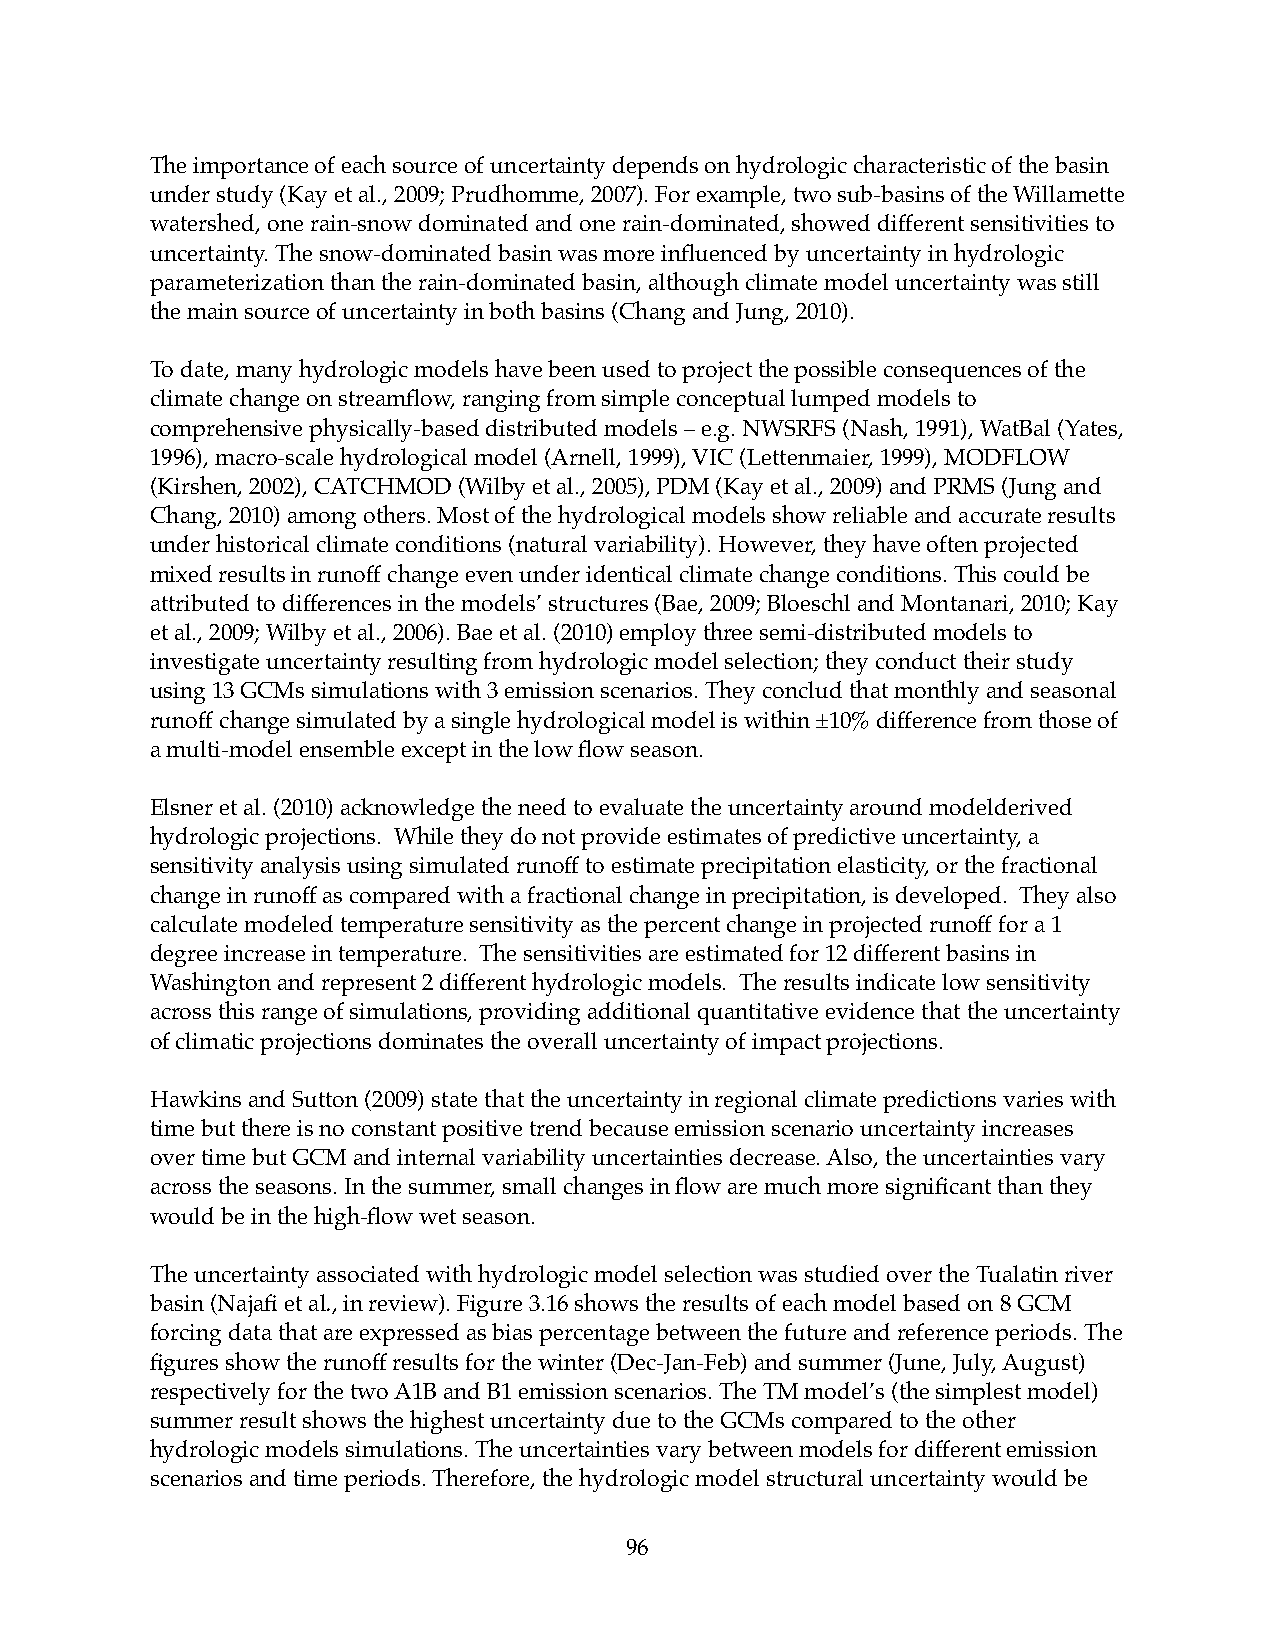
The importance of each source of uncertainty depends on hydrologic characteristic of the basin
 under study (Kay et al., 2009; Prudhomme, 2007). For example, two sub-basins of the Willamette
 watershed, one rain-snow dominated and one rain-dominated, showed different sensitivities to
 uncertainty. The snow-dominated basin was more influenced by uncertainty in hydrologic
 parameterization than the rain-dominated basin, although climate model uncertainty was still
 the main source of uncertainty in both basins (Chang and Jung, 2010).
 To date, many hydrologic models have been used to project the possible consequences of the
 climate change on streamflow, ranging from simple conceptual lumped models to
 comprehensive physically-based distributed models – e.g. NWSRFS (Nash, 1991), WatBal (Yates,
 1996), macro-scale hydrological model (Arnell, 1999), VIC (Lettenmaier, 1999), MODFLOW
 (Kirshen, 2002), CATCHMOD (Wilby et al., 2005), PDM (Kay et al., 2009) and PRMS (Jung and
 Chang, 2010) among others. Most of the hydrological models show reliable and accurate results
 under historical climate conditions (natural variability). However, they have often projected
 mixed results in runoff change even under identical climate change conditions. This could be
 attributed to differences in the models’ structures (Bae, 2009; Bloeschl and Montanari, 2010; Kay
 et al., 2009; Wilby et al., 2006). Bae et al. (2010) employ three semi-distributed models to
 investigate uncertainty resulting from hydrologic model selection; they conduct their study
 using 13 GCMs simulations with 3 emission scenarios. They conclud that monthly and seasonal
 runoff change simulated by a single hydrological model is within ±10% difference from those of
 a multi-model ensemble except in the low flow season.
 Elsner et al. (2010) acknowledge the need to evaluate the uncertainty around modelderived
 hydrologic projections. While they do not provide estimates of predictive uncertainty, a
 sensitivity analysis using simulated runoff to estimate precipitation elasticity, or the fractional
 change in runoff as compared with a fractional change in precipitation, is developed. They also
 calculate modeled temperature sensitivity as the percent change in projected runoff for a 1
 degree increase in temperature. The sensitivities are estimated for 12 different basins in
 Washington and represent 2 different hydrologic models. The results indicate low sensitivity
 across this range of simulations, providing additional quantitative evidence that the uncertainty
 of climatic projections dominates the overall uncertainty of impact projections.
 Hawkins and Sutton (2009) state that the uncertainty in regional climate predictions varies with
 time but there is no constant positive trend because emission scenario uncertainty increases
 over time but GCM and internal variability uncertainties decrease. Also, the uncertainties vary
 across the seasons. In the summer, small changes in flow are much more significant than they
 would be in the high-flow wet season.
 The uncertainty associated with hydrologic model selection was studied over the Tualatin river
 basin (Najafi et al., in review). Figure 3.16 shows the results of each model based on 8 GCM
 forcing data that are expressed as bias percentage between the future and reference periods. The
 figures show the runoff results for the winter (Dec-Jan-Feb) and summer (June, July, August)
 respectively for the two A1B and B1 emission scenarios. The TM model’s (the simplest model)
 summer result shows the highest uncertainty due to the GCMs compared to the other
 hydrologic models simulations. The uncertainties vary between models for different emission
 scenarios and time periods. Therefore, the hydrologic model structural uncertainty would be
 96